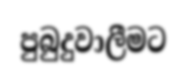
පුබුදුවාලීමට